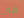
في